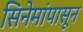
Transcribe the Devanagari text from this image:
सिनेमांपासून